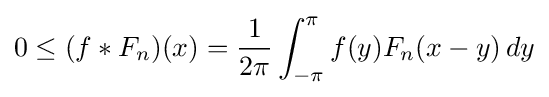
0\leq (f*F_{n})(x)={\frac {1}{2\pi }}\int _{-\pi }^{\pi }f(y)F_{n}(x-y)\,dy